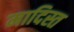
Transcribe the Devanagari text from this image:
मादिस्त